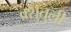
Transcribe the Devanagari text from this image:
क्शुतुली